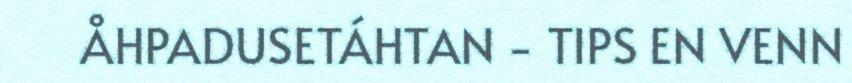
ÅHPADUSETÁHTAN - TIPS EN VENN